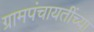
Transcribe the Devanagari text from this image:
ग्रामपंचायतींच्या